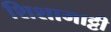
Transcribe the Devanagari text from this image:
शिशामाट्टी